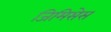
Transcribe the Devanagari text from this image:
जिमिसेस